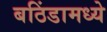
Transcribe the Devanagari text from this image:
बठिंडामध्ये